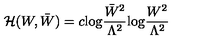
{ \cal H } ( W , \bar { W } ) = c \mathrm { l o g } \frac { \bar { W } ^ { 2 } } { \Lambda ^ { 2 } } \mathrm { l o g } \frac { W ^ { 2 } } { \Lambda ^ { 2 } }